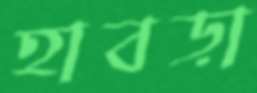
হাবড়া